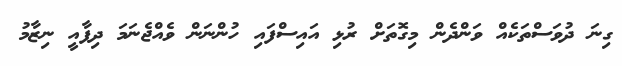
ގިނަ ދުވަސްތަކެއް ވަންދެން މިގޮތަށް ރުޅި އައިސްފައި ހުންނަން ވެއްޖެނަމަ ދިފާއީ ނިޒާމު